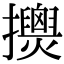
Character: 𢹰